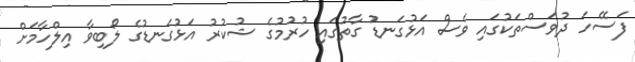
ފަސޭހަ ދުވަސްތަކުގައި ވެސް އަޅުގަނޑު ގާތުގައި ހުރުމުގެ ޝުކުރު އަޅުގަނޑުގެ ލޯބިވާ އިލްހާމަށް